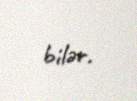
bilər.